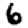
Digit: 6